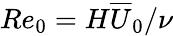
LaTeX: Re_{0}=H\overline{{U}}_{0}/\nu